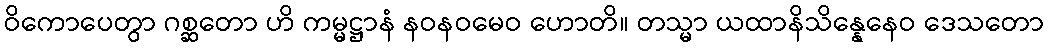
ဝိကောပေတွာ ဂစ္ဆတော ဟိ ကမ္မဋ္ဌာနံ နဝနဝမေဝ ဟောတိ။ တသ္မာ ယထာနိသိန္နေနေဝ ဒေသတော